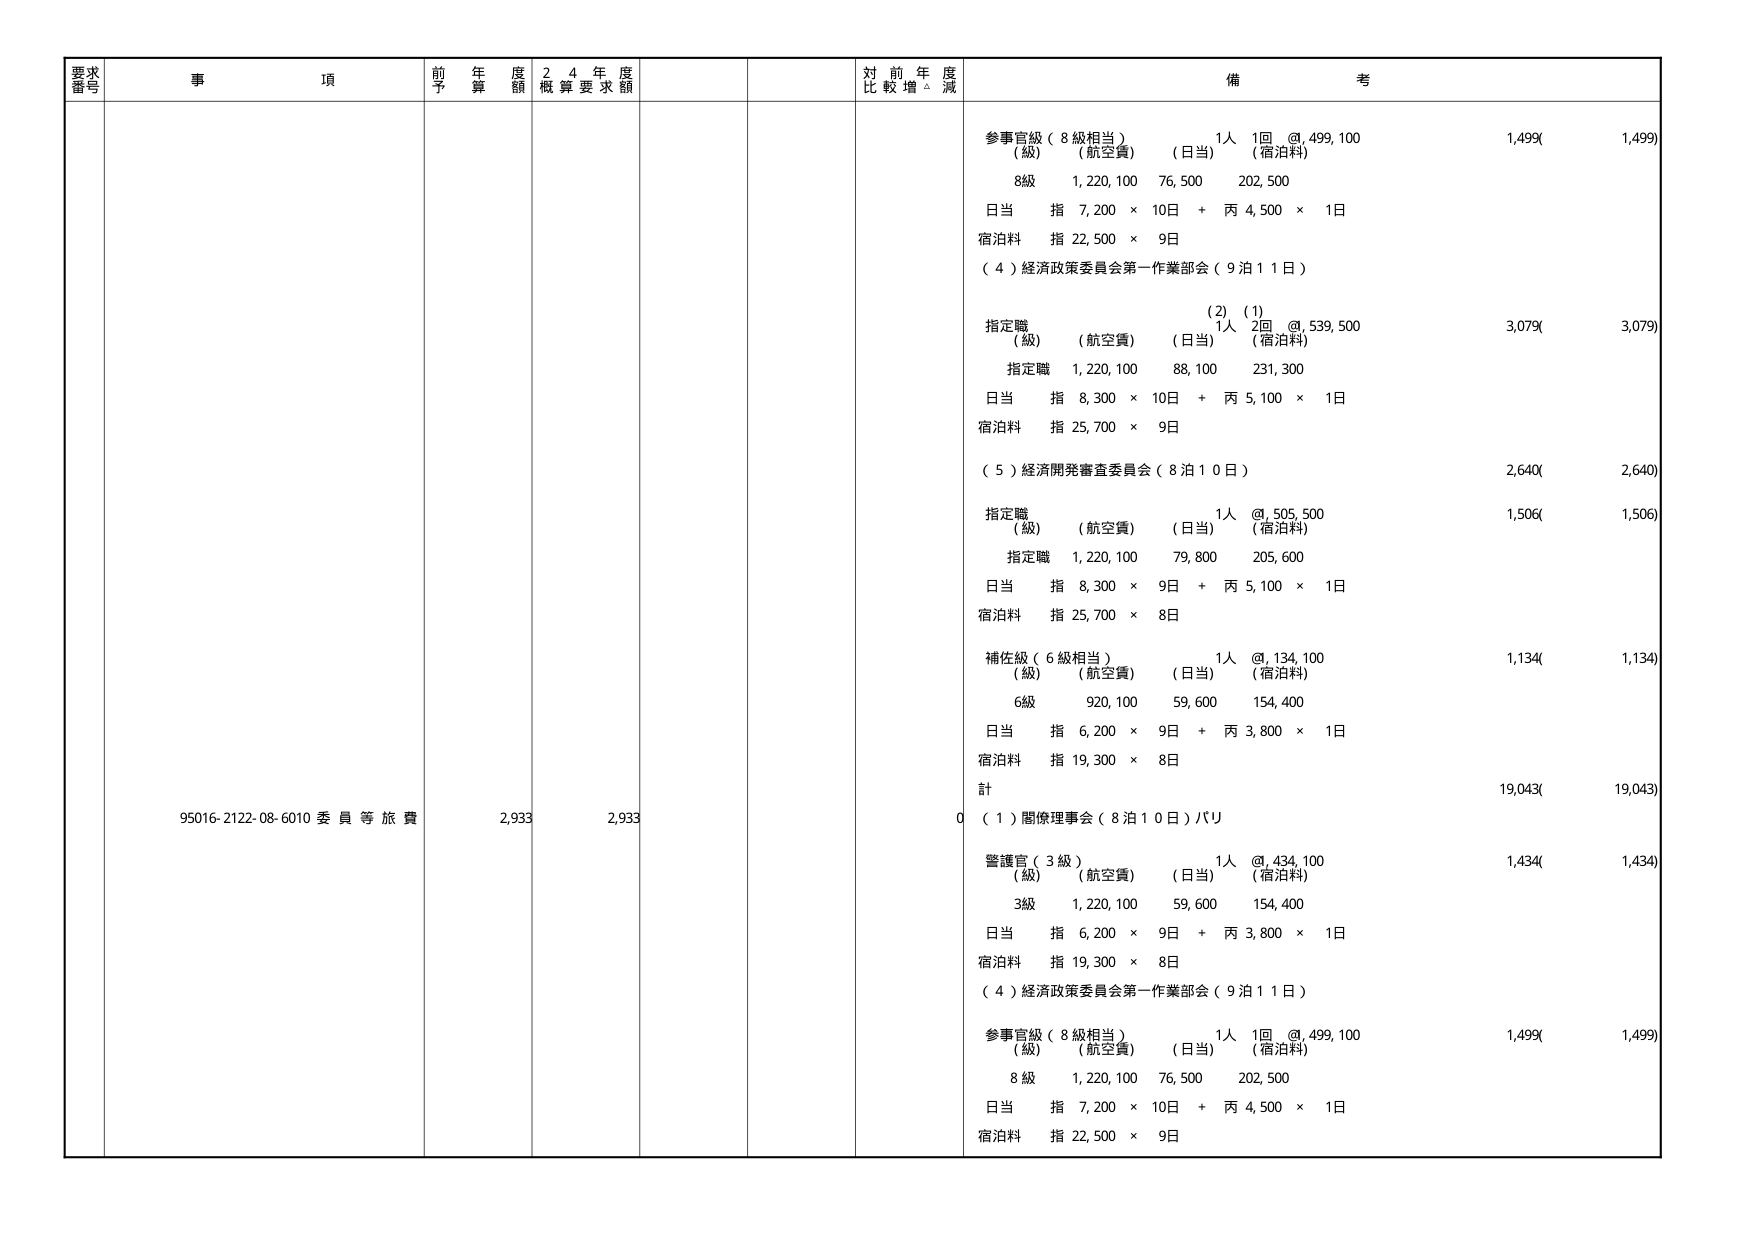
要求番号 事項 前年度予算額 24年度概算要求額 対前年度比較増減 備考
参事官級（8級相当） 1人 1回 @499,100 1,499( 1,499)
（級） （航空費） （日当） （宿泊料）
8級 1,220,100 76,500 202,500
日当 指 7,200 × 10日 + 丙 4,500 × 1日
宿泊料 指 22,500 × 9日
（4）経済政策委員会第一作業部会（9泊11日）
(2) (1)
指定職 1人 2回 @539,500 3,079( 3,079)
（級） （航空費） （日当） （宿泊料）
指定職 1,220,100 88,100 231,300
日当 指 8,300 × 10日 + 丙 5,100 × 1日
宿泊料 指 25,700 × 9日
（5）経済開発審査委員会（8泊10日） 2,640( 2,640)
指定職 1人 @505,500 1,506( 1,506)
（級） （航空費） （日当） （宿泊料）
指定職 1,220,100 79,800 205,600
日当 指 8,300 × 9日 + 丙 5,100 × 1日
宿泊料 指 25,700 × 8日
補佐級（6級相当） 1人 @134,100 1,134( 1,134)
（級） （航空費） （日当） （宿泊料）
6級 920,100 59,600 154,400
日当 指 6,200 × 9日 + 丙 3,800 × 1日
宿泊料 指 19,300 × 8日
計 19,043( 19,043)
95016-2122-08-6010 委員等旅費 2,933 2,933 0 （1）閣僚理事会（8泊10日）パリ
警護官（3級） 1人 @434,100 1,434( 1,434)
（級） （航空費） （日当） （宿泊料）
3級 1,220,100 59,600 154,400
日当 指 6,200 × 9日 + 丙 3,800 × 1日
宿泊料 指 19,300 × 8日
（4）経済政策委員会第一作業部会（9泊11日）
参事官級（8級相当） 1人 1回 @499,100 1,499( 1,499)
（級） （航空費） （日当） （宿泊料）
8級 1,220,100 76,500 202,500
日当 指 7,200 × 10日 + 丙 4,500 × 1日
宿泊料 指 22,500 × 9日